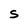
Character: S